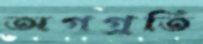
অগগ্রতি